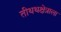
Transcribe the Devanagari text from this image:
तीथथक्षेत्राला